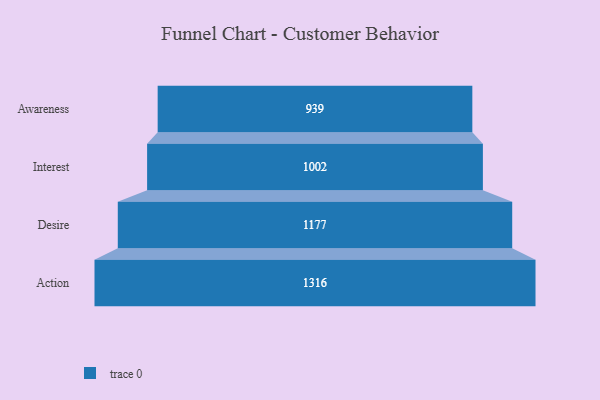
{"axis": {"x": "Stage", "y": "Value"}, "legend": [""], "data": [{"x": "Awareness", "y": 939.0, "type": ""}, {"x": "Interest", "y": 1002.0, "type": ""}, {"x": "Desire", "y": 1177.0, "type": ""}, {"x": "Action", "y": 1316.0, "type": ""}]}